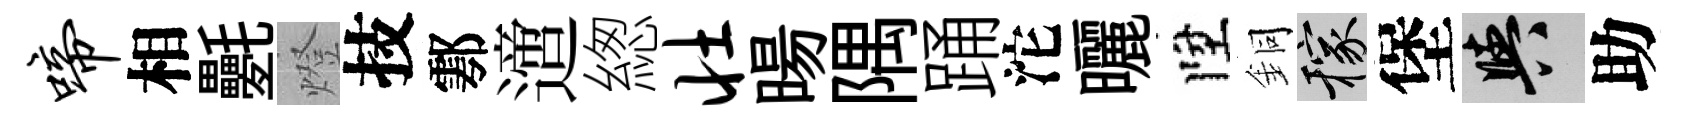
啼相氎燈技鄠𨗁緫壮暘隅踊沱曬陞銅稼堡阳助